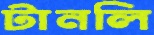
টানলি